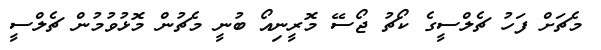
މެޗަށް ފަހު ޗެލްސީގެ ކޯޗު ޖޯސޭ މޮރީނިއޯ ބުނީ މެޗުން މޮޅުވުމުން ޗެލްސީ